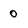
Character: 0